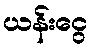
ယန်းငွေ